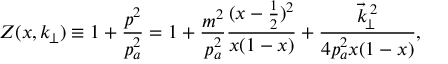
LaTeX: Z ( x , k _ { \! \perp } ) \equiv 1 + \frac { p ^ { 2 } } { p _ { a } ^ { 2 } } = 1 + \frac { m ^ { 2 } } { p _ { a } ^ { 2 } } \frac { ( x - \frac { 1 } { 2 } ) ^ { 2 } } { x ( 1 - x ) } + \frac { \vec { k } _ { \! \perp } ^ { \, 2 } } { 4 p _ { a } ^ { 2 } x ( 1 - x ) } ,